Civil Veterinary Dept. Bombay admin report 1893-99 - 1893-1899
Year: 1893
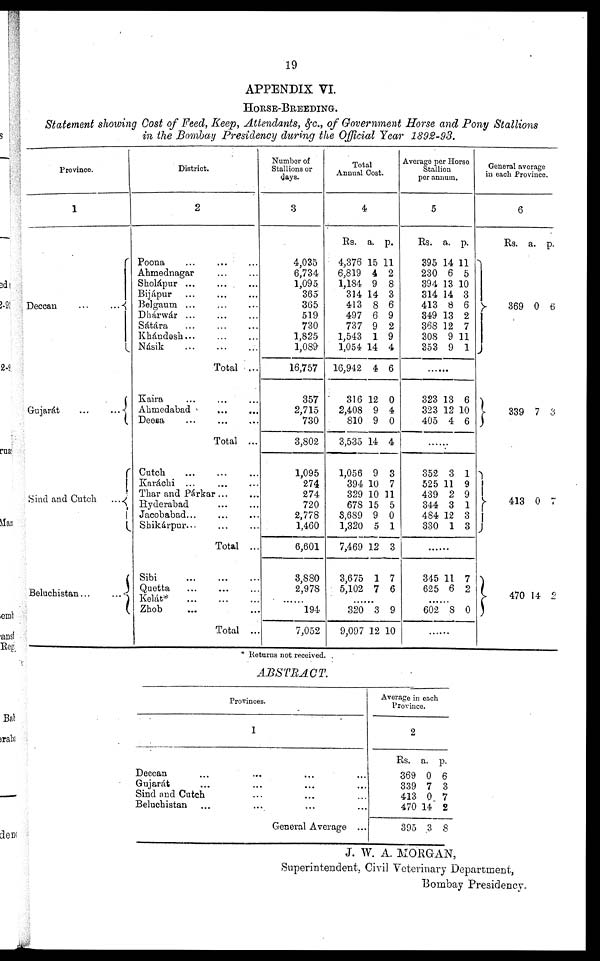
19
APPENDIX VI.
HORSE-BREEDING.
Statement showing Cost of Feed, Keep, Attendants, &c., of Government Horse and Pony Stallions
in the Bombay Presidency during the Official Year 1892-93.
Province.
1
Deccan
...
...
Gujarát
...
...
Sind and Cutch ...
Beluchistan ...
...
District.
2
Poona ... ... ...
Ahmednagar ... ...
Sholápur ... ... ...
Bijápur ... ... ...
Belgaum ... ... ...
Dhárwár ... ... ...
Sátára ... ... ...
Khándesh ... ... ...
Násik
...
...
...
Total ...
Kaira ... ... ...
Ahmedabad ... ...
Deesa ... ... ...
Total ...
Cutch
...
...
...
Karáchi ... ... ...
Thar and Párkar
...
...
Hyderabad ... ...
Jacobabad ... ... ...
Shikárpur ... ... ...
Total ...
Sibi
...
...
...
Quetta ... ... ...
Kelát*
...
...
...
Zhob ... ...
Total ...
Number of
Stallions or
days.
3
4,035
6,734
1,095
365
365
519
730
1,825
1,089
16,757
357
2,715
730
3,802
1,095
274
274
720
2,778
1,460
6,601
3,880
2,978
......
194
7,052
Total
Annual Cost
4
Rs.
4,376
6,819
1,184
314
413
497
737
1,543
1,054
16,942
316
2,408
810
3,535
1,056
394
329
678
3,689
1,320
7,469
3,675
5,102
a.
15
4
9
14
8
6
9
1
14
4
12
9
9
14
9
10
10
15
9
5
12
1
7
p.
11
2
8
3
6
9
2
9
4
6
0
4
0
4
3
7
11
5
0
1
3
7
6
......
320
9,097
3
12
9
10
Average per Horse
Stallion
per annum.
5
Rs.
395
230
394
314
413
349
368
308
353
a.
14
6
13
14
8
13
12
9
9
p.
11
5
10
3
6
2
7
11
1
......
323
323
405
13
12
4
6
10
6
.......
352
525
439
344
484
330
3
11
2
3
12
1
1
9
9
1
3
3
......
345
625
11
6
7
2
......
602 8 0
General average
in each Province.
6
Rs.
369
a.
0
p.
6
339 7
3
413 0 7
470 14 2
* Returns not received.
ABSTRACT.
Provinces.
1
Deccan
...
...
...
...
Gujarát ... ... ... ...
Sind and Cutch ... ... ...
Beluchistan ... ... ... ...
General Average ...
Average in each
Province.
2
Rs.
369
339
413
470
395
a.
0
7
0
14
3
p.
6
3
7
2
8
J. W. A. MORGAN,
Superintendent, Civil Veterinary Department,
Bombay Presidency.